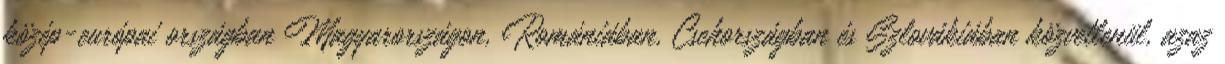
közép-európai országban Magyarországon, Romániában, Csehországban és Szlovákiában közvetlenül, azaz